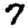
Digit: 7